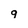
Character: 9